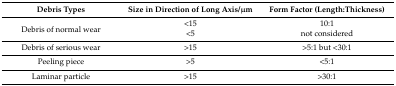
<table><thead><tr><td><b>Debris Types</b></td><td><b>Size in Direction of Long Axis/μm</b></td><td><b>Form Factor (Length:Thickness)</b></td></tr></thead><tbody><tr><td rowspan="2">Debris of normal wear</td><td>&lt;15</td><td>10:1</td></tr><tr><td>&lt;5</td><td>not considered</td></tr><tr><td>Debris of serious wear</td><td>&gt;15</td><td>&gt;5:1 but &lt;30:1</td></tr><tr><td>Peeling piece</td><td>&gt;5</td><td>&lt;5:1</td></tr><tr><td>Laminar particle</td><td>&gt;15</td><td>&gt;30:1</td></tr></tbody></table>